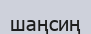
шаңсиң